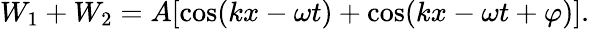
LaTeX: W_{1}+W_{2}=A[\cos(kx-\omega t)+\cos(kx-\omega t+\varphi)].